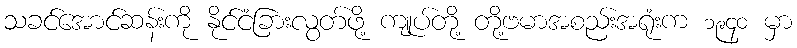
သခင်အောင်ဆန်းကို နိုင်ငံခြားလွတ်ဖို့ ကျုပ်တို့ တို့ဗမာအစည်းအရုံးက ၁၉၄၀ မှာ